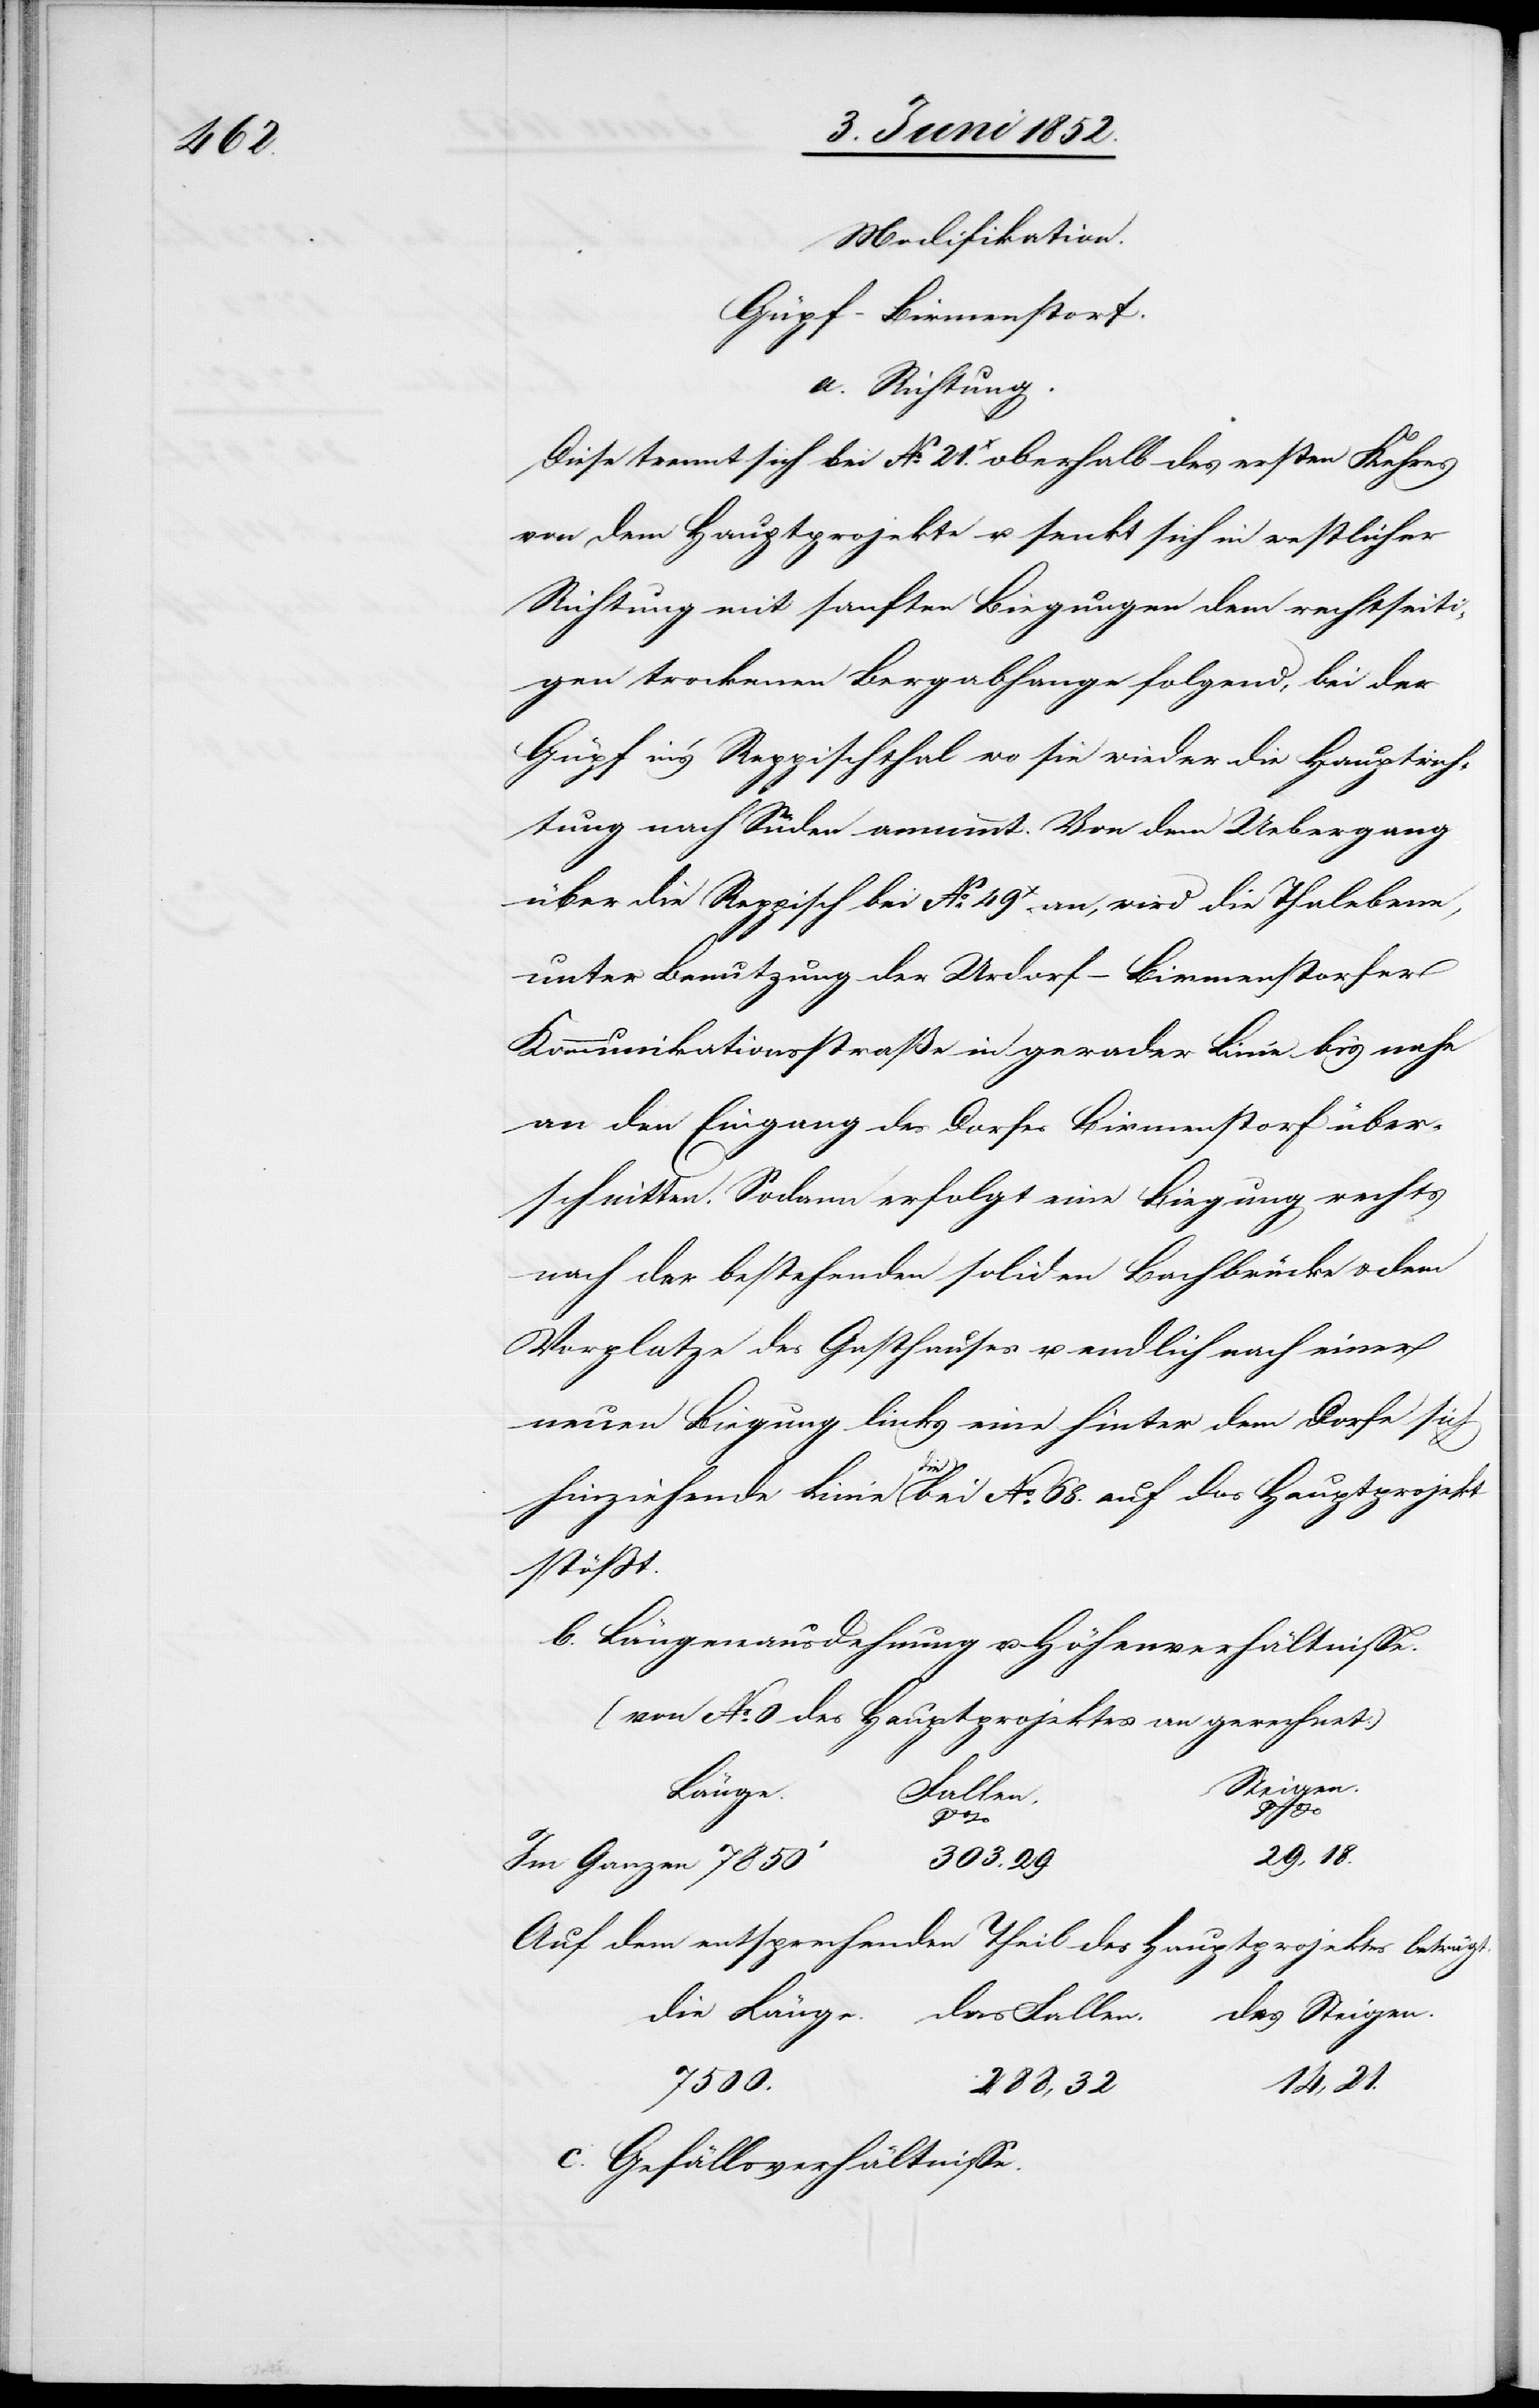
Modifikation.
Güpf-Birmenstorf.
a. Richtung.
Diese trennt sich bei No. 21.x oberhalb des ersten Kehres
von dem Hauptprojekte u. senkt sich in westlicher
Richtung mit sanften Biegungen dem rechtseiti¬
gen trockenen Bergabhange folgend, bei der
Güpf in’s Reppischthal wo sie wieder die Hauptrich¬
tung nach Süden annimmt. Von dem Uebergang
über die Reppisch bei No. 49x an, wird die Thalebene,
unter Benutzung der Urdorf-Birmenstorfer
Kommunikationsstraße in gerader Linie bis nahe
an den Eingang des Dorfes Birmenstorf über¬
schnitten. Sodann erfolgt eine Biegung rechts
nach der bestehenden soliden Bachbrücke & dem
Vorplatze des Gasthauses u. endlich nach einer
neuen Biegung links eine hinter dem Dorfe sich
hinziehende Linie die bei No. 68. auf das Hauptprojekt
stösst.
b. Längenausdehnung u. Höhenverhältnisse.
(von No. 0 des Hauptprojektes an gerechnet.)
Steigen.
Länge.
Fallen.
29,18.
303.29.
Im Ganzen 7850‘
Auf dem entsprechenden Theil des Hauptprojektes beträgt.
das Steigen.
14,21.
7500.
288,32
c. Gefällsverhältnisse.